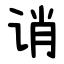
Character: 诮